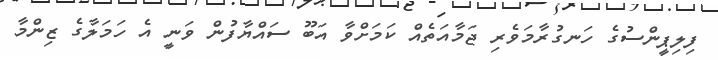
ފިލިޕީންސުގެ ހަނގުރާމަވެރި ޖަމާއަތެއް ކަމަށްވާ އަބޫ ސައްޔާފުން ވަނީ އެ ހަމަލާގެ ޒިންމާ